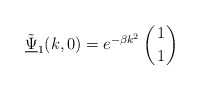
\begin{align*}\tilde{\underline{\Psi}}_{1}(k, 0) = e^{-\beta k^{2}} \left(1 \atop 1\right)\end{align*}